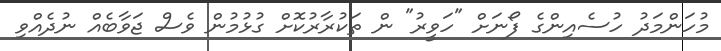
މުހަންމަދު ހުސެއިންގެ ފޯނަށް "ހަވީރު" ން ތަކުރާރުކޮށް ގުޅުމުން ވެސް ޖަވާބެއް ނުދެއްވި